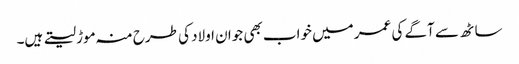
ساٹھ سے آگے کی عمر میں خواب بھی جوان اولاد کی طرح منہ موڑ لیتے ہیں۔